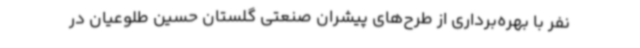
نفر با بهره‌برداری از طرح‌های پیشران صنعتی گلستان حسین طلوعیان در